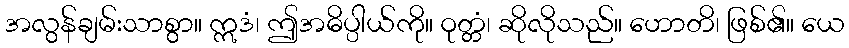
အလွန်ချမ်းသာစွာ။ ဣဒံ၊ ဤအဓိပ္ပါယ်ကို။ ဝုတ္တံ၊ ဆိုလိုသည်။ ဟောတိ၊ ဖြစ်၏။ ယေ